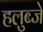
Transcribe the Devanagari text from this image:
हलुब्जे